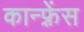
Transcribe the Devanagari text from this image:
कान्फ़्रेंस